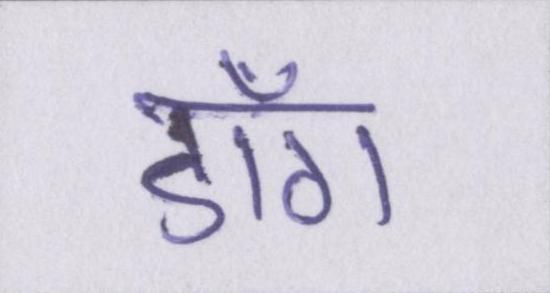
डाँग